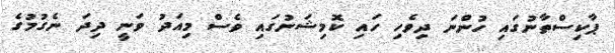
ޕާކިސްތާނުގައި ހުންނަ ދިވެހި ހައި ކޮމިޝަނުގައި ވެސް މިއަދު ވަނީ ދިދަ ނެގުމުގެ